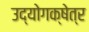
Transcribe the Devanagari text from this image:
उद्योगक्षेत्र